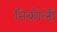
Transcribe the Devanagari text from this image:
निकोली